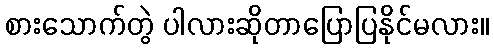
စားသောက်တွဲ ပါလားဆိုတာပြောပြနိုင်မလား။